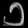
Digit: ၁